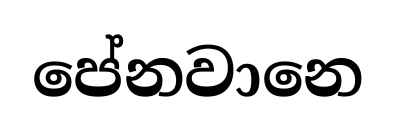
පේනවානෙ